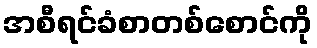
အစီရင်ခံစာတစ်စောင်ကို